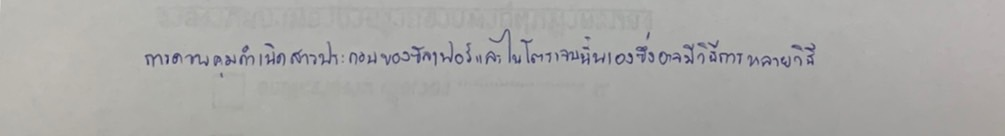
การควบคุมกำเนิดสารประกอบของซัลเฟอร์และไนโตรเจนนั่นเองซึ่งอาจมีวิธีการหลายวิธี